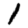
Digit: 1